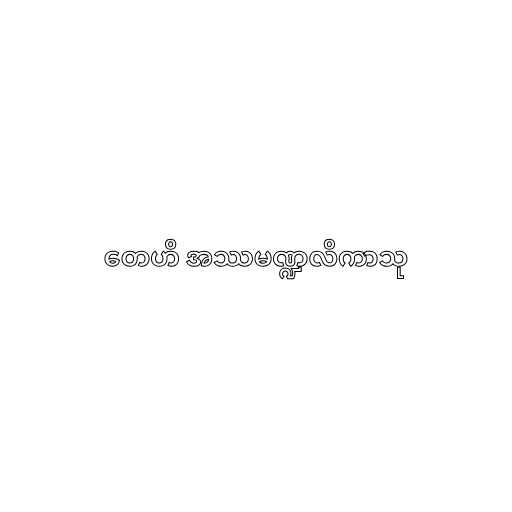
တေဟိ အဿမဏ္ဍလိကာသု